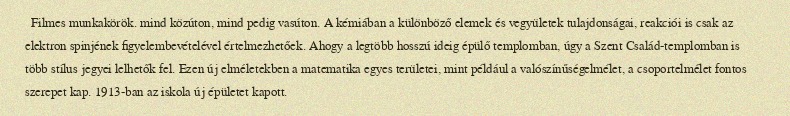
Filmes munkakörök. mind közúton, mind pedig vasúton. A kémiában a különböző elemek és vegyületek tulajdonságai, reakciói is csak az elektron spinjének figyelembevételével értelmezhetőek. Ahogy a legtöbb hosszú ideig épülő templomban, úgy a Szent Család-templomban is több stílus jegyei lelhetők fel. Ezen új elméletekben a matematika egyes területei, mint például a valószínűségelmélet, a csoportelmélet fontos szerepet kap. 1913-ban az iskola új épületet kapott.